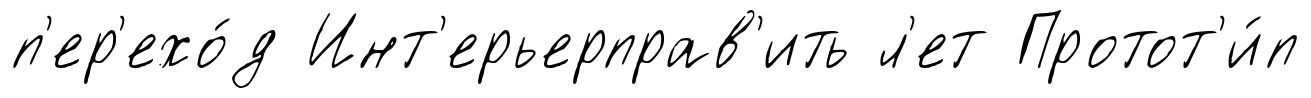
п'ер'ехо́д Инт'ерьерправ'ить л'ет Протот'и́п